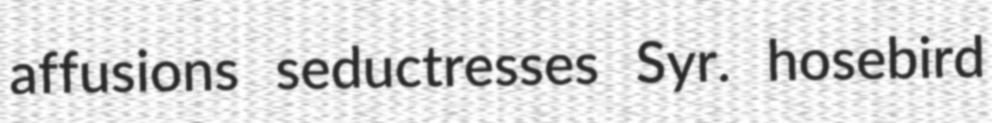
affusions seductresses Syr. hosebird